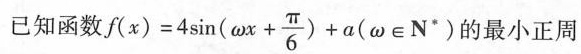
已知函数 $$f ( x ) = 4 \sin(\omega x +